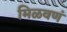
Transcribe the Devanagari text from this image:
मिळवणं